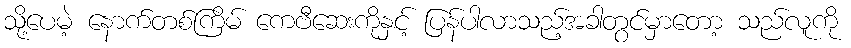
သို့ပေမဲ့ နောက်တစ်ကြိမ် ကေဗီဆေးကိုနှင့် ပြန်ပါလာသည့်အခါတွင်မှာတော့ သည်လူကို